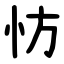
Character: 㤃